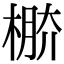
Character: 𣔷